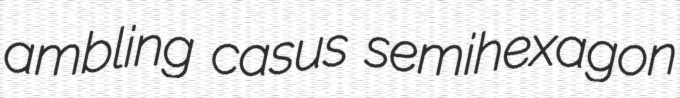
ambling casus semihexagon